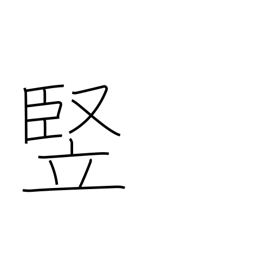
Meaning: length